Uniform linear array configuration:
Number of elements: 8
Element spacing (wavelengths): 0.5
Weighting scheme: exponential
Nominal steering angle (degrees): -15
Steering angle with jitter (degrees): -14.466
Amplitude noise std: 0.05
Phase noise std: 0.05

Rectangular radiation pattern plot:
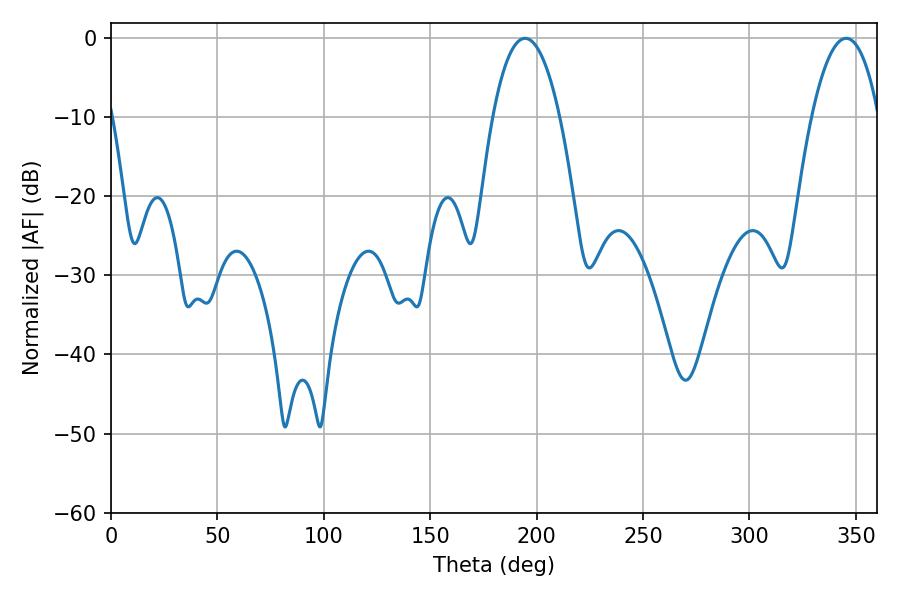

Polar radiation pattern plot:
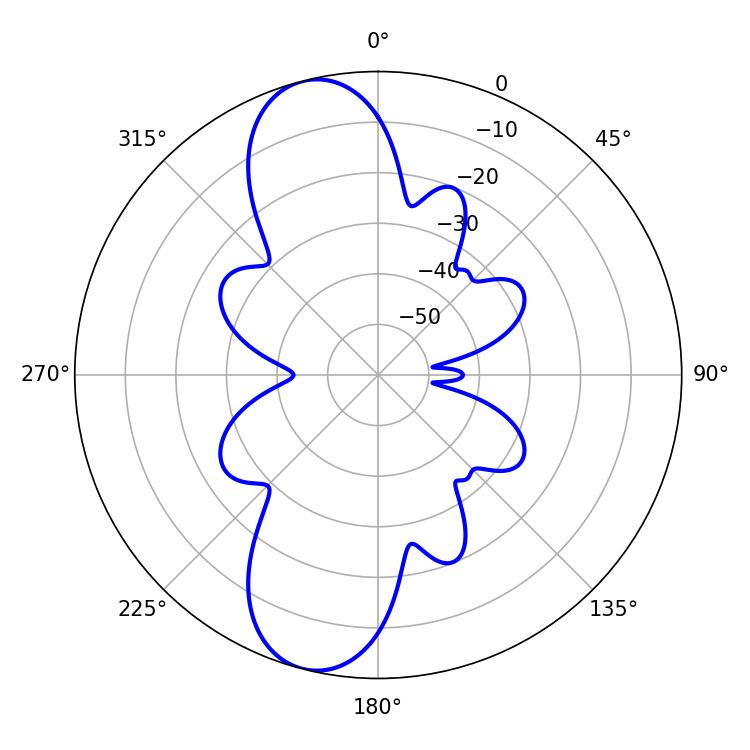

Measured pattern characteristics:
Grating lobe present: FALSE
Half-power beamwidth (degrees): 17.46
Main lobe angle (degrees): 194.58